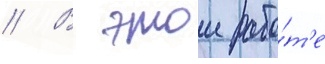
// В этои рабо́т'е